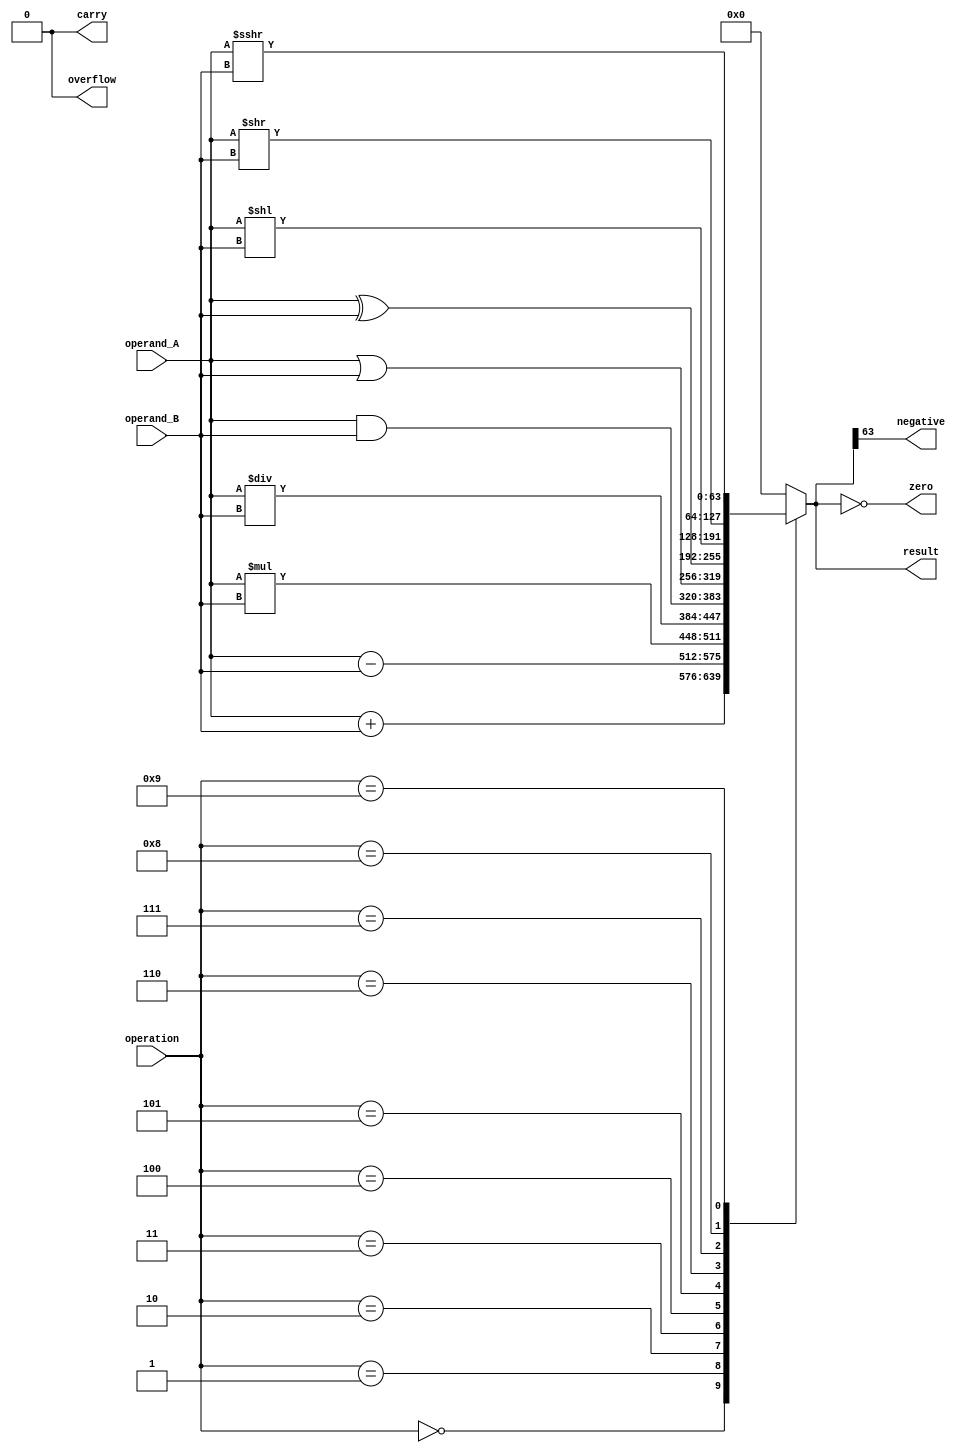
module ALU (
  input [63:0] operand_A,
  input [63:0] operand_B,
  input [3:0] operation,
  output reg [63:0] result,
  output reg zero,
  output reg negative,
  output reg overflow,
  output reg carry
);

always @(*)
begin
  case(operation)
    4'b0000: result <= operand_A + operand_B; // addition
    4'b0001: result <= operand_A - operand_B; // subtraction
    4'b0010: result <= operand_A * operand_B; // multiplication
    4'b0011: result <= operand_A / operand_B; // division
    4'b0100: result <= operand_A & operand_B; // bitwise AND
    4'b0101: result <= operand_A | operand_B; // bitwise OR
    4'b0110: result <= operand_A ^ operand_B; // bitwise XOR
    4'b0111: result <= operand_A << operand_B; // shift left
    4'b1000: result <= operand_A >> operand_B; // shift right
    4'b1001: result <= operand_A >>> operand_B; // logical shift right
    default: result <= 64'b0;
  endcase

  zero = (result == 64'b0);
  negative = (result[63] == 1);
  overflow = 0; // implementation of overflow detection not shown
  carry = 0; // implementation of carry detection not shown
end

endmodule